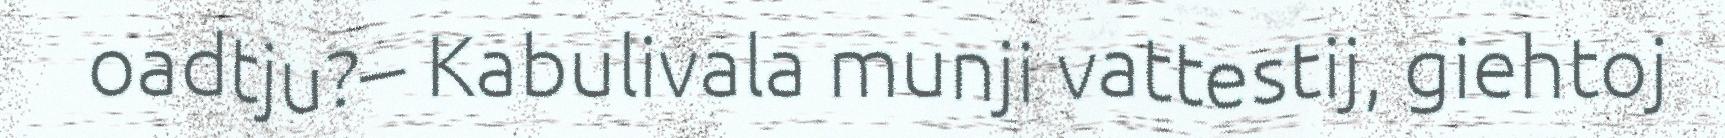
oadtju?– Kabulivala munji vattestij, giehtoj